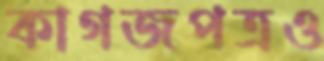
কাগজপত্রও